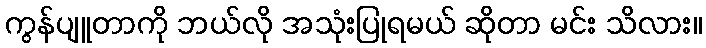
ကွန်ပျူတာကို ဘယ်လို အသုံးပြုရမယ် ဆိုတာ မင်း သိလား။